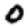
Digit: 0